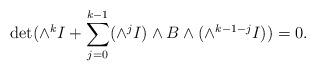
LaTeX: \begin{align*}\displaystyle\det ( \wedge^k I + \sum_{j=0}^{k-1} (\wedge^j I)\wedge B\wedge (\wedge^{k-1-j} I) )=0.\end{align*}